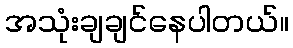
အသုံးချချင်နေပါတယ်။